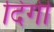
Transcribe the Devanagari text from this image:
दिगी